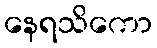
နေရသိကော